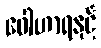
ဝေါဟာရနှင့်